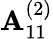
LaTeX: {\mathbf{A}}_{11}^{(2)}